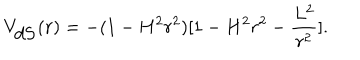
LaTeX: V _ { \mathrm { d S } } ( r ) = - ( 1 - H ^ { 2 } r ^ { 2 } ) [ 1 - H ^ { 2 } r ^ { 2 } - \frac { L ^ { 2 } } { r ^ { 2 } } ] .